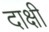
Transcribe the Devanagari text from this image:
दाक्षी